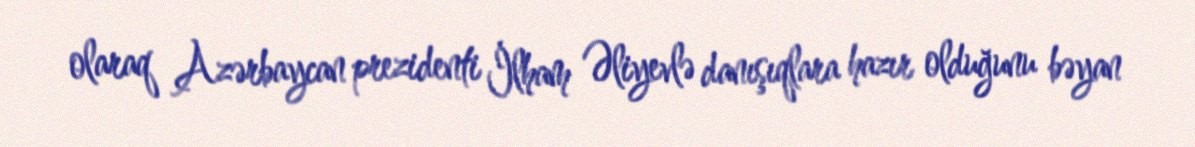
olaraq Azərbaycan prezidenti İlham Əliyevlə danışıqlara hazır olduğunu bəyan